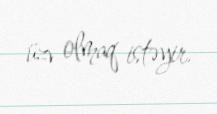
üzv olmaq istəyir.